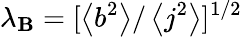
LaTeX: \lambda_{\mathbf{B}}=[\left<b^{2}\right>/\left<j^{2}\right>]^{1/2}